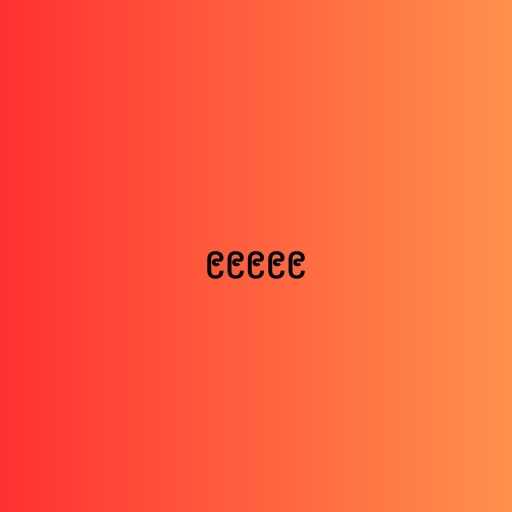
၉၉၉၉၉